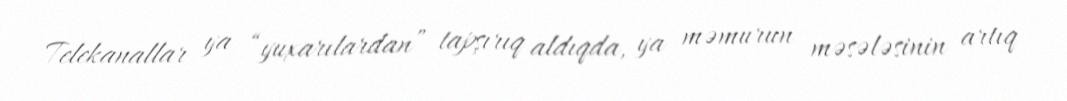
Telekanallar ya “yuxarılardan” tapşırıq aldıqda, ya məmurun məsələsinin artıq